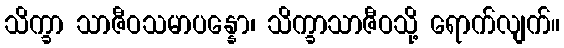
သိက္ခာ သာဇီဝသမာပန္နော၊ သိက္ခာသာဇီဝသို့ ရောက်လျက်။